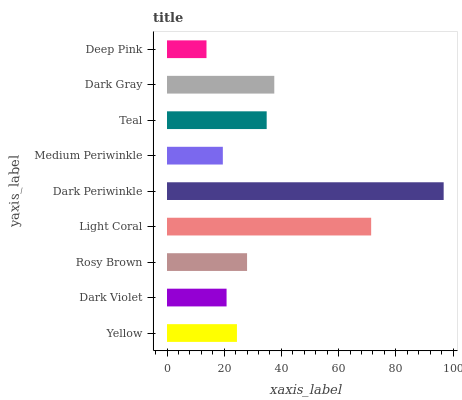
| yaxis_label | bars |
 | --- | --- |
 | Yellow | 24.5 |
 | Dark Violet | 20.8 |
 | Rosy Brown | 28 |
 | Light Coral | 71.4 |
 | Dark Periwinkle | 96.7 |
 | Medium Periwinkle | 19.5 |
 | Teal | 34.9 |
 | Dark Gray | 37.5 |
 | Deep Pink | 13.8 |